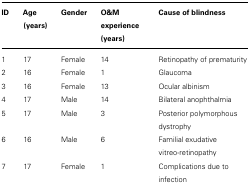
| ID | Age (years) | Gender | O&M experience (years) | Cause of blindness |
 | --- | --- | --- | --- | --- |
 | 1 | 17 | Female | 14 | Retinopathy of prematurity |
 | 2 | 16 | Female | 1 | Glaucoma |
 | 3 | 16 | Female | 13 | Ocular albinism |
 | 4 | 17 | Male | 14 | Bilateral anophthalmia |
 | 5 | 17 | Male | 3 | Posterior polymorphous dystrophy |
 | 6 | 16 | Male | 6 | Familial exudative vitreo-retinopathy |
 | 7 | 17 | Female | 1 | Complications due to infection |